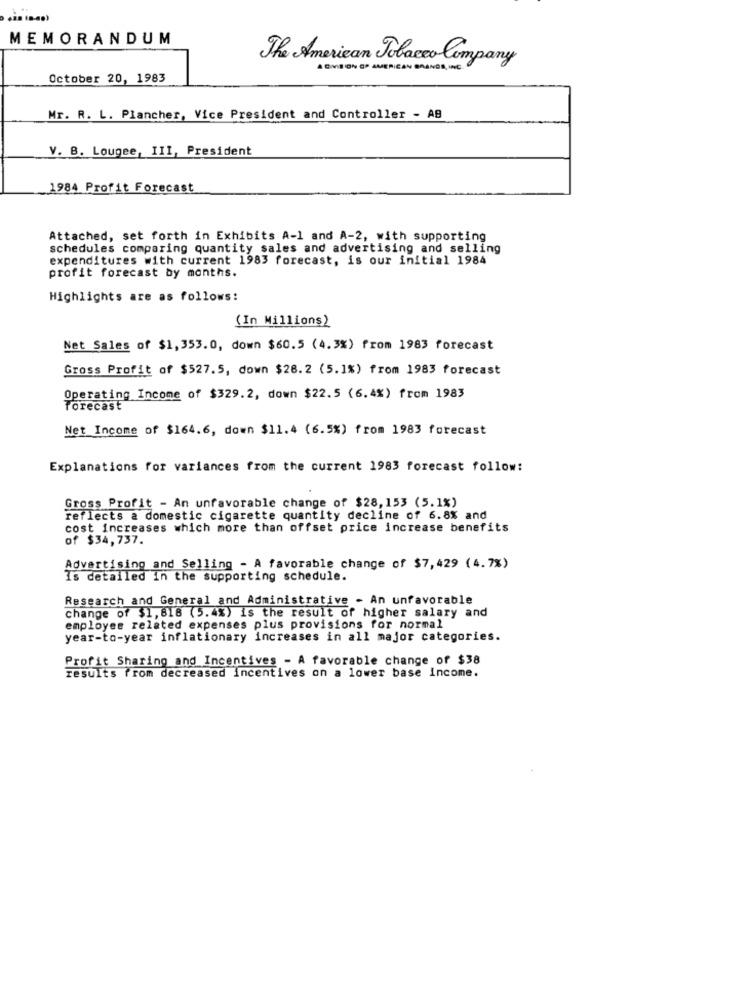
MEMORANDUM
The American Tobacco Company
AGMILION OP AMERICAN BRANDS INC.
October 20, 1983
Mr. R. L. Plancher, Vice President and Controller - AB
V. B. Lougee, III, President
1984 Profit Forecast
Attached, set forth in Exhibits A-1 and A-2, with supporting
schedules comparing quantity sales and advertising and selling
expenditures with current 1983 forecast, is our initial 1984
profit forecast by months.
Highlights are as follows:
(In Millions)
Net Sales of $1,353.0, down $60.5 (4.3%) from 1983 forecast
Gross Profit of $527.5, down $28.2 (5.1%) from 1983 forecast
Operating Income of $329.2, down $22.5 (6.4%) from 1983
forecast
Net Income of $164.6, down $11.4 (6.5%) from 1983 forecast
Explanations for variances from the current 1983 forecast follow:
Gross Profit - An unfavorable change of $28,153 (5.1%)
reflects a domestic cigarette quantity decline of 6.8% and
cost increases which more than offset price increase benefits
of $34,737.
vertising and Selling - A favorable change of $7,429 (4.7%)
Is detailed in the supporting schedule.
Research and General and Administrative - An unfavorable
change of $1, 818 (5.4%) is the result of higher salary and
employee related expenses plus provisions for normal
year-to-year inflationary increases in all major categories.
Profit Sharing and Incentives - A favorable change of $38
results from decreased incentives on a lower base income.